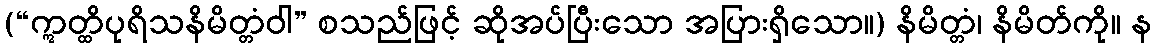
(“ဣတ္ထိပုရိသနိမိတ္တံဝါ” စသည်ဖြင့် ဆိုအပ်ပြီးသော အပြားရှိသော။) နိမိတ္တံ၊ နိမိတ်ကို။ န